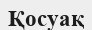
Қосуақ